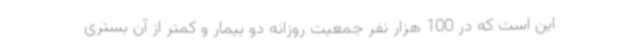
این است که در 100 هزار نفر جمعیت روزانه دو بیمار و کمتر از آن بستری